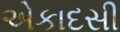
એકાદસી